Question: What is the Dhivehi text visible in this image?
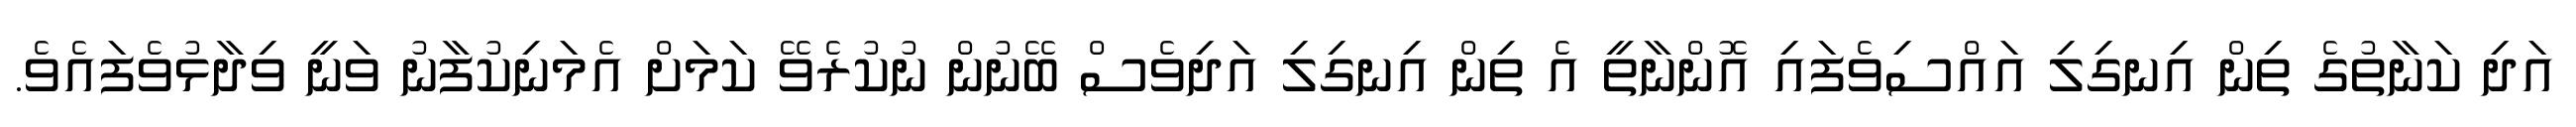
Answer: އަދި ކަނާތުގެ ތިން އިނގިލި އައްސިވެފައި އޮންނާތީ އެ ތިން އިނގިލި އަދިވެސް ބޭނުން ނުކުރެވޭ ކަމަށް އެމަނިކުފާނު ވަނީ ވިދާޅުވެފައެވެ.